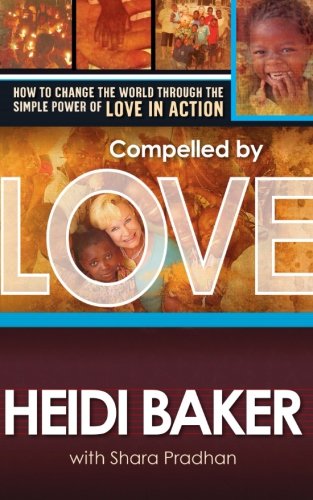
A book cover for Compelled by Love: How to change the world through the simple power of love in action; Heidi Baker; Christian Books & Bibles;